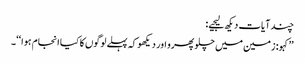
چند آیات دیکھ لیجیے:
’’کہو: زمین میں چلو پھرو اور دیکھو کہ پہلے لوگوں کا کیا انجام ہوا‘‘۔